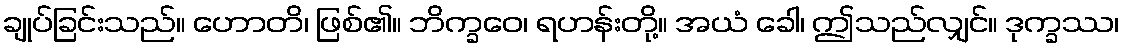
ချုပ်ခြင်းသည်။ ဟောတိ၊ ဖြစ်၏။ ဘိက္ခဝေ၊ ရဟန်းတို့။ အယံ ခေါ၊ ဤသည်လျှင်။ ဒုက္ခဿ၊